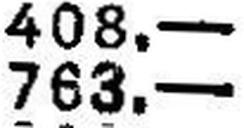
—.—